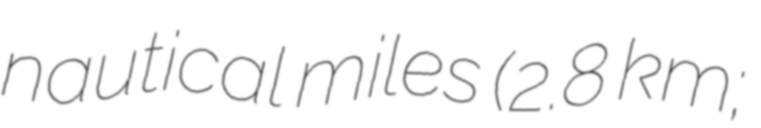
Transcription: nautical miles (2.8 km;